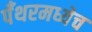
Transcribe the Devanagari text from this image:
पँथरमध्येच